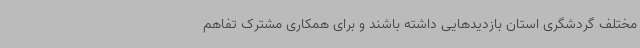
مختلف گردشگری استان بازدیدهایی داشته باشند و برای همکاری مشترک تفاهم